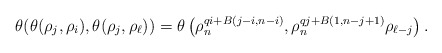
\begin{align*} \theta (\theta(\rho_{j}, \rho_{i}), \theta(\rho_{j}, \rho_{\ell}))&=\theta\left(\rho_n^{qi+B(j-i,n-i)}, \rho_n^{qj+B(1,n-j+1)} \rho_{\ell-j}\right).\end{align*}